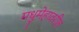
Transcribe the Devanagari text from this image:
मधुमेहावरील